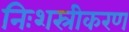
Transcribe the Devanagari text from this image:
निःशस्रीकरण